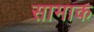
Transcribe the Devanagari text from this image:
सामाक